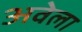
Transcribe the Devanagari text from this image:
अवेला